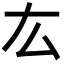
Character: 厷